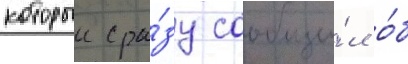
которыи сра́зу сообщи́л о́б